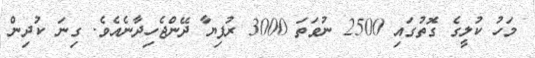
މަހު ކުލީގެ ގޮތުގައި 2500 ނުވަތަ 3000 ރުފިޔާ ދޭންޖެހިދާނެއެވެ. ގިނަ ކުދިން